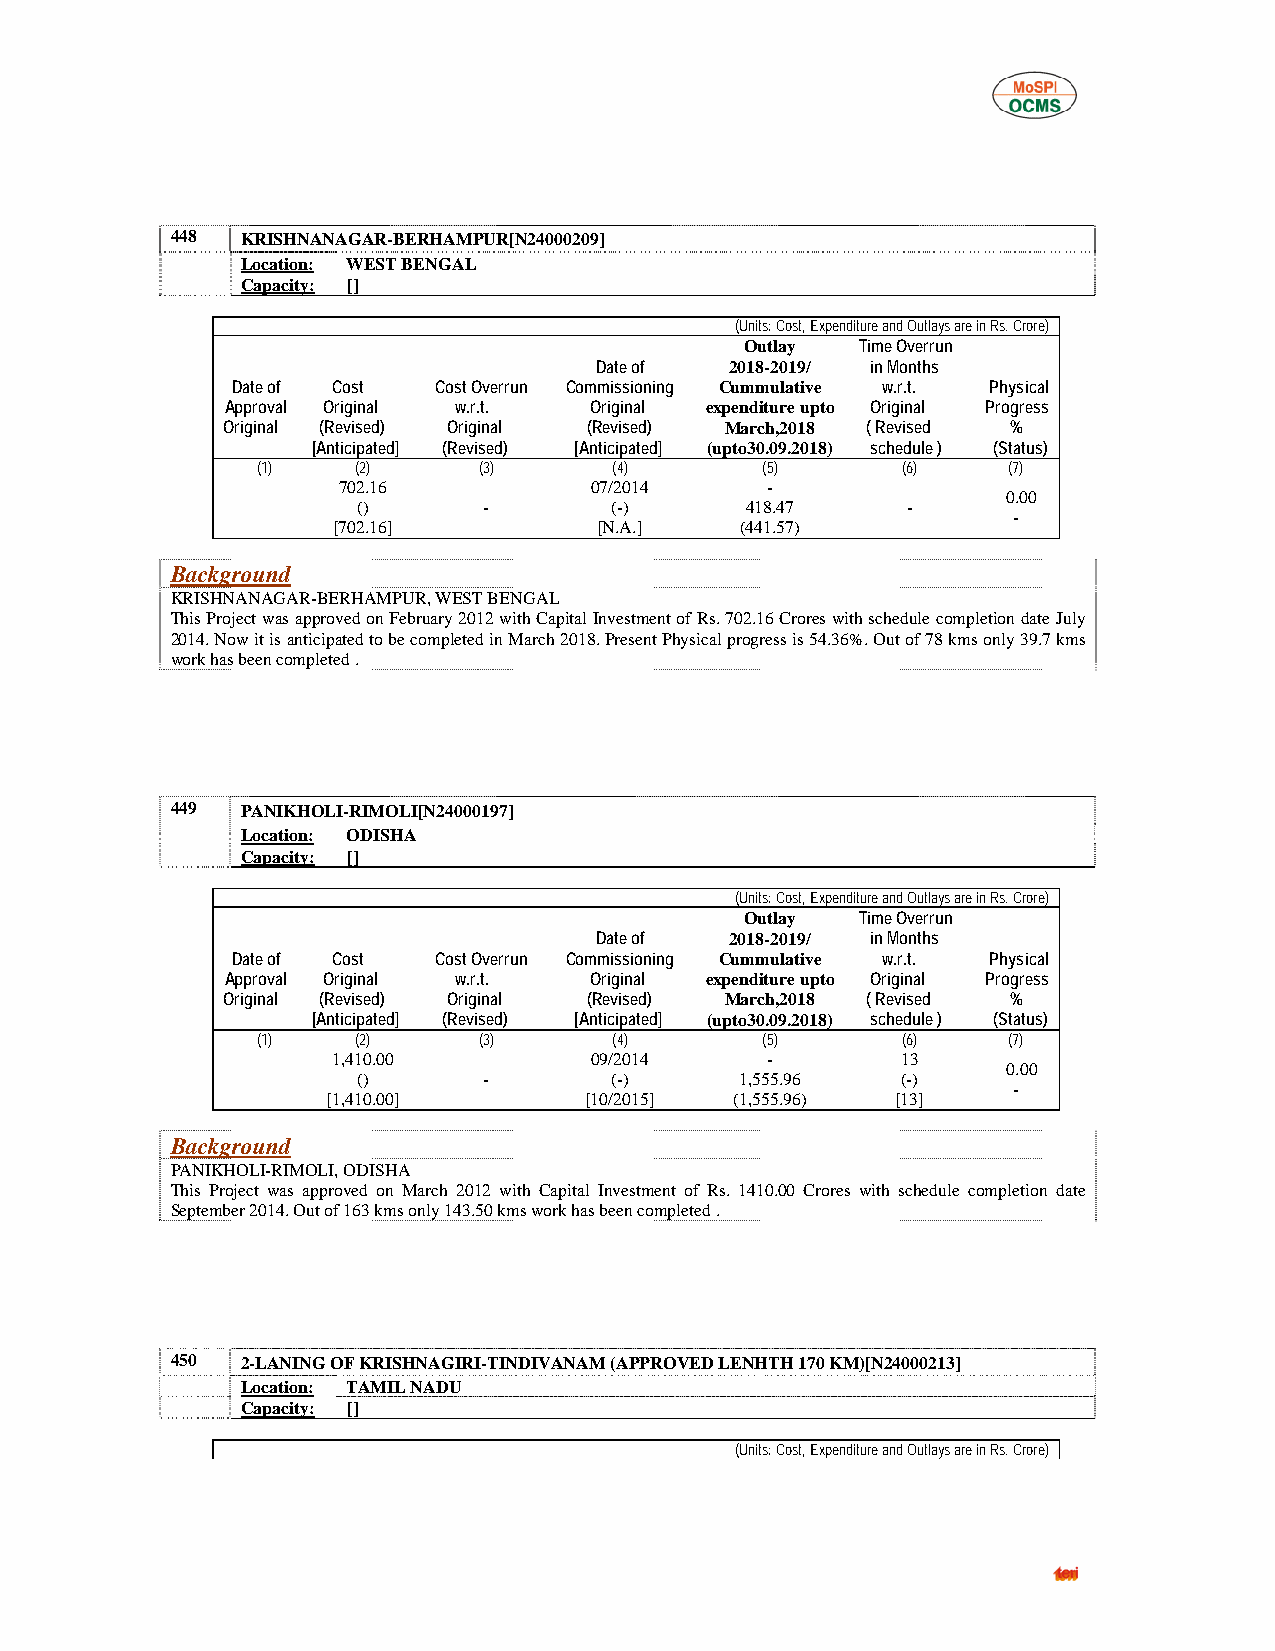
448  KRISHNANAGAR-BERHAMPUR[N24000209]
 Location: WEST BENGAL
 Capacity: []
 (Units: Cost, Expenditure and Outlays are in Rs. Crore)
 Outlay  Time Overrun
 Date of  2018-2019/ in Months
 Date of Cost  Cost Overrun Commissioning Cummulative w.r.t. Physical
 Approval Original w.r.t. Original expenditure upto Original Progress
 Original (Revised) Original (Revised) March,2018 ( Revised %
 [Anticipated] (Revised) [Anticipated] (upto30.09.2018) schedule ) (Status)
 (1)    (2)     (3)      (4)      (5)       (6)    (7)
 702.16           07/2014     -
 0.00
 ()      -       (-)      418.47     -
 -
 [702.16]          [N.A.]   (441.57)
 Background
 KRISHNANAGAR-BERHAMPUR, WEST BENGAL
 This Project was approved on February 2012 with Capital Investment of Rs. 702.16 Crores with schedule completion date July
 2014. Now it is anticipated to be completed in March 2018. Present Physical progress is 54.36%. Out of 78 kms only 39.7 kms
 work has been completed .
 449  PANIKHOLI-RIMOLI[N24000197]
 Location: ODISHA
 Capacity: []
 (Units: Cost, Expenditure and Outlays are in Rs. Crore)
 Outlay  Time Overrun
 Date of  2018-2019/ in Months
 Date of Cost  Cost Overrun Commissioning Cummulative w.r.t. Physical
 Approval Original w.r.t. Original expenditure upto Original Progress
 Original (Revised) Original (Revised) March,2018 ( Revised %
 [Anticipated] (Revised) [Anticipated] (upto30.09.2018) schedule ) (Status)
 (1)    (2)     (3)      (4)      (5)       (6)    (7)
 1,410.00         09/2014     -        13
 0.00
 ()      -       (-)      1,555.96   (-)
 -
 [1,410.00]       [10/2015] (1,555.96) [13]
 Background
 PANIKHOLI-RIMOLI, ODISHA
 This Project was approved on March 2012 with Capital Investment of Rs. 1410.00 Crores with schedule completion date
 September 2014. Out of 163 kms only 143.50 kms work has been completed .
 450  2-LANING OF KRISHNAGIRI-TINDIVANAM (APPROVED LENHTH 170 KM)[N24000213]
 Location: TAMIL NADU
 Capacity: []
 (Units: Cost, Expenditure and Outlays are in Rs. Crore)